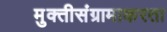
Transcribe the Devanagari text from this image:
मुक्तीसंग्रामाकरता